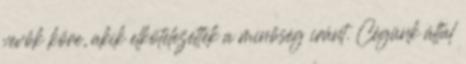
vevők köre, akik elkötelezettek a minőség iránt. Cégünk által